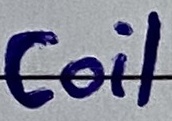
Text: Coil